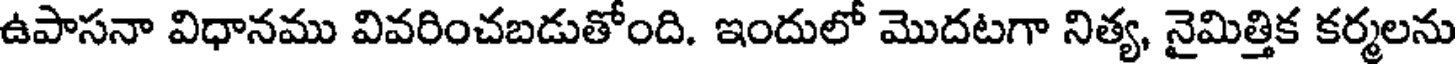
ఉపాసనా విధానము వివరించబడుతోంది. ఇందులో మొదటగా నిత్య, నైమిత్తిక కర్మలను